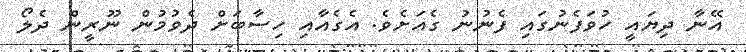
އޭނާ ދިޔައީ ހުވަފެނުގައި ފެނުނު ގެއަށެވެ. އެގެއާއި ހިސާބަށް ދެވުމުން ނޫރީން ދެލޯ